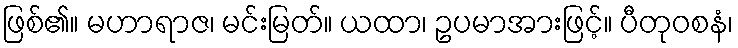
ဖြစ်၏။ မဟာရာဇ၊ မင်းမြတ်။ ယထာ၊ ဥပမာအားဖြင့်။ ပီတုဝစနံ၊